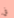
في